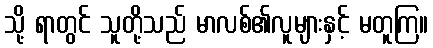
သို့ ရာတွင် သူတို့သည် မာလစ်၏လူများနှင့် မတူကြ။